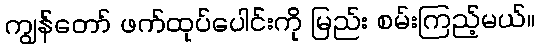
ကျွန်တော် ဖက်ထုပ်ပေါင်းကို မြည်း စမ်းကြည့်မယ်။